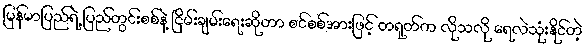
မြန်မာပြည်ရဲ့ ပြည်တွင်းစစ်နဲ့ ငြိမ်းချမ်းရေးဆိုတာ စင်စစ်အားဖြင့် တရုတ်က လိုသလို ရေလဲသုံးနိုင်တဲ့